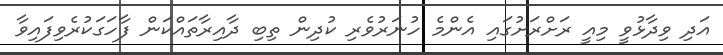
އަދި ވިދާޅުވީ މިއީ ރަށްރަށުގައި އެންމެ ހުނަރުވެރި ކުދިން ތިބި ދާއިރާތައްކަން ފާހަގަކުރެވިފައިވާ